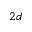
2 d